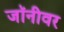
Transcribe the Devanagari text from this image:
जॉनीवर